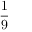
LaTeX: \frac { 1 } { 9 }